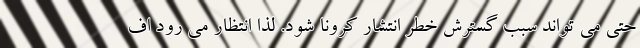
حتی می تواند سبب گسترش خطر انتشار کرونا شود. لذا انتظار می رود اف